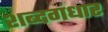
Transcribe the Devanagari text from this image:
शब्दगंधार